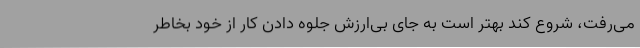
می‌رفت، شروع کند بهتر است به جای بی‌ارزش جلوه دادن کار از خود بخاطر